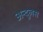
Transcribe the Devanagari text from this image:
अन्दुलस